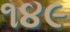
૧૪૯